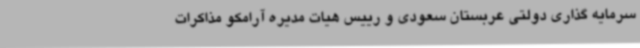
سرمایه گذاری دولتی عربستان سعودی و رییس هیات مدیره آرامکو مذاکرات